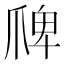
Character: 𭶲